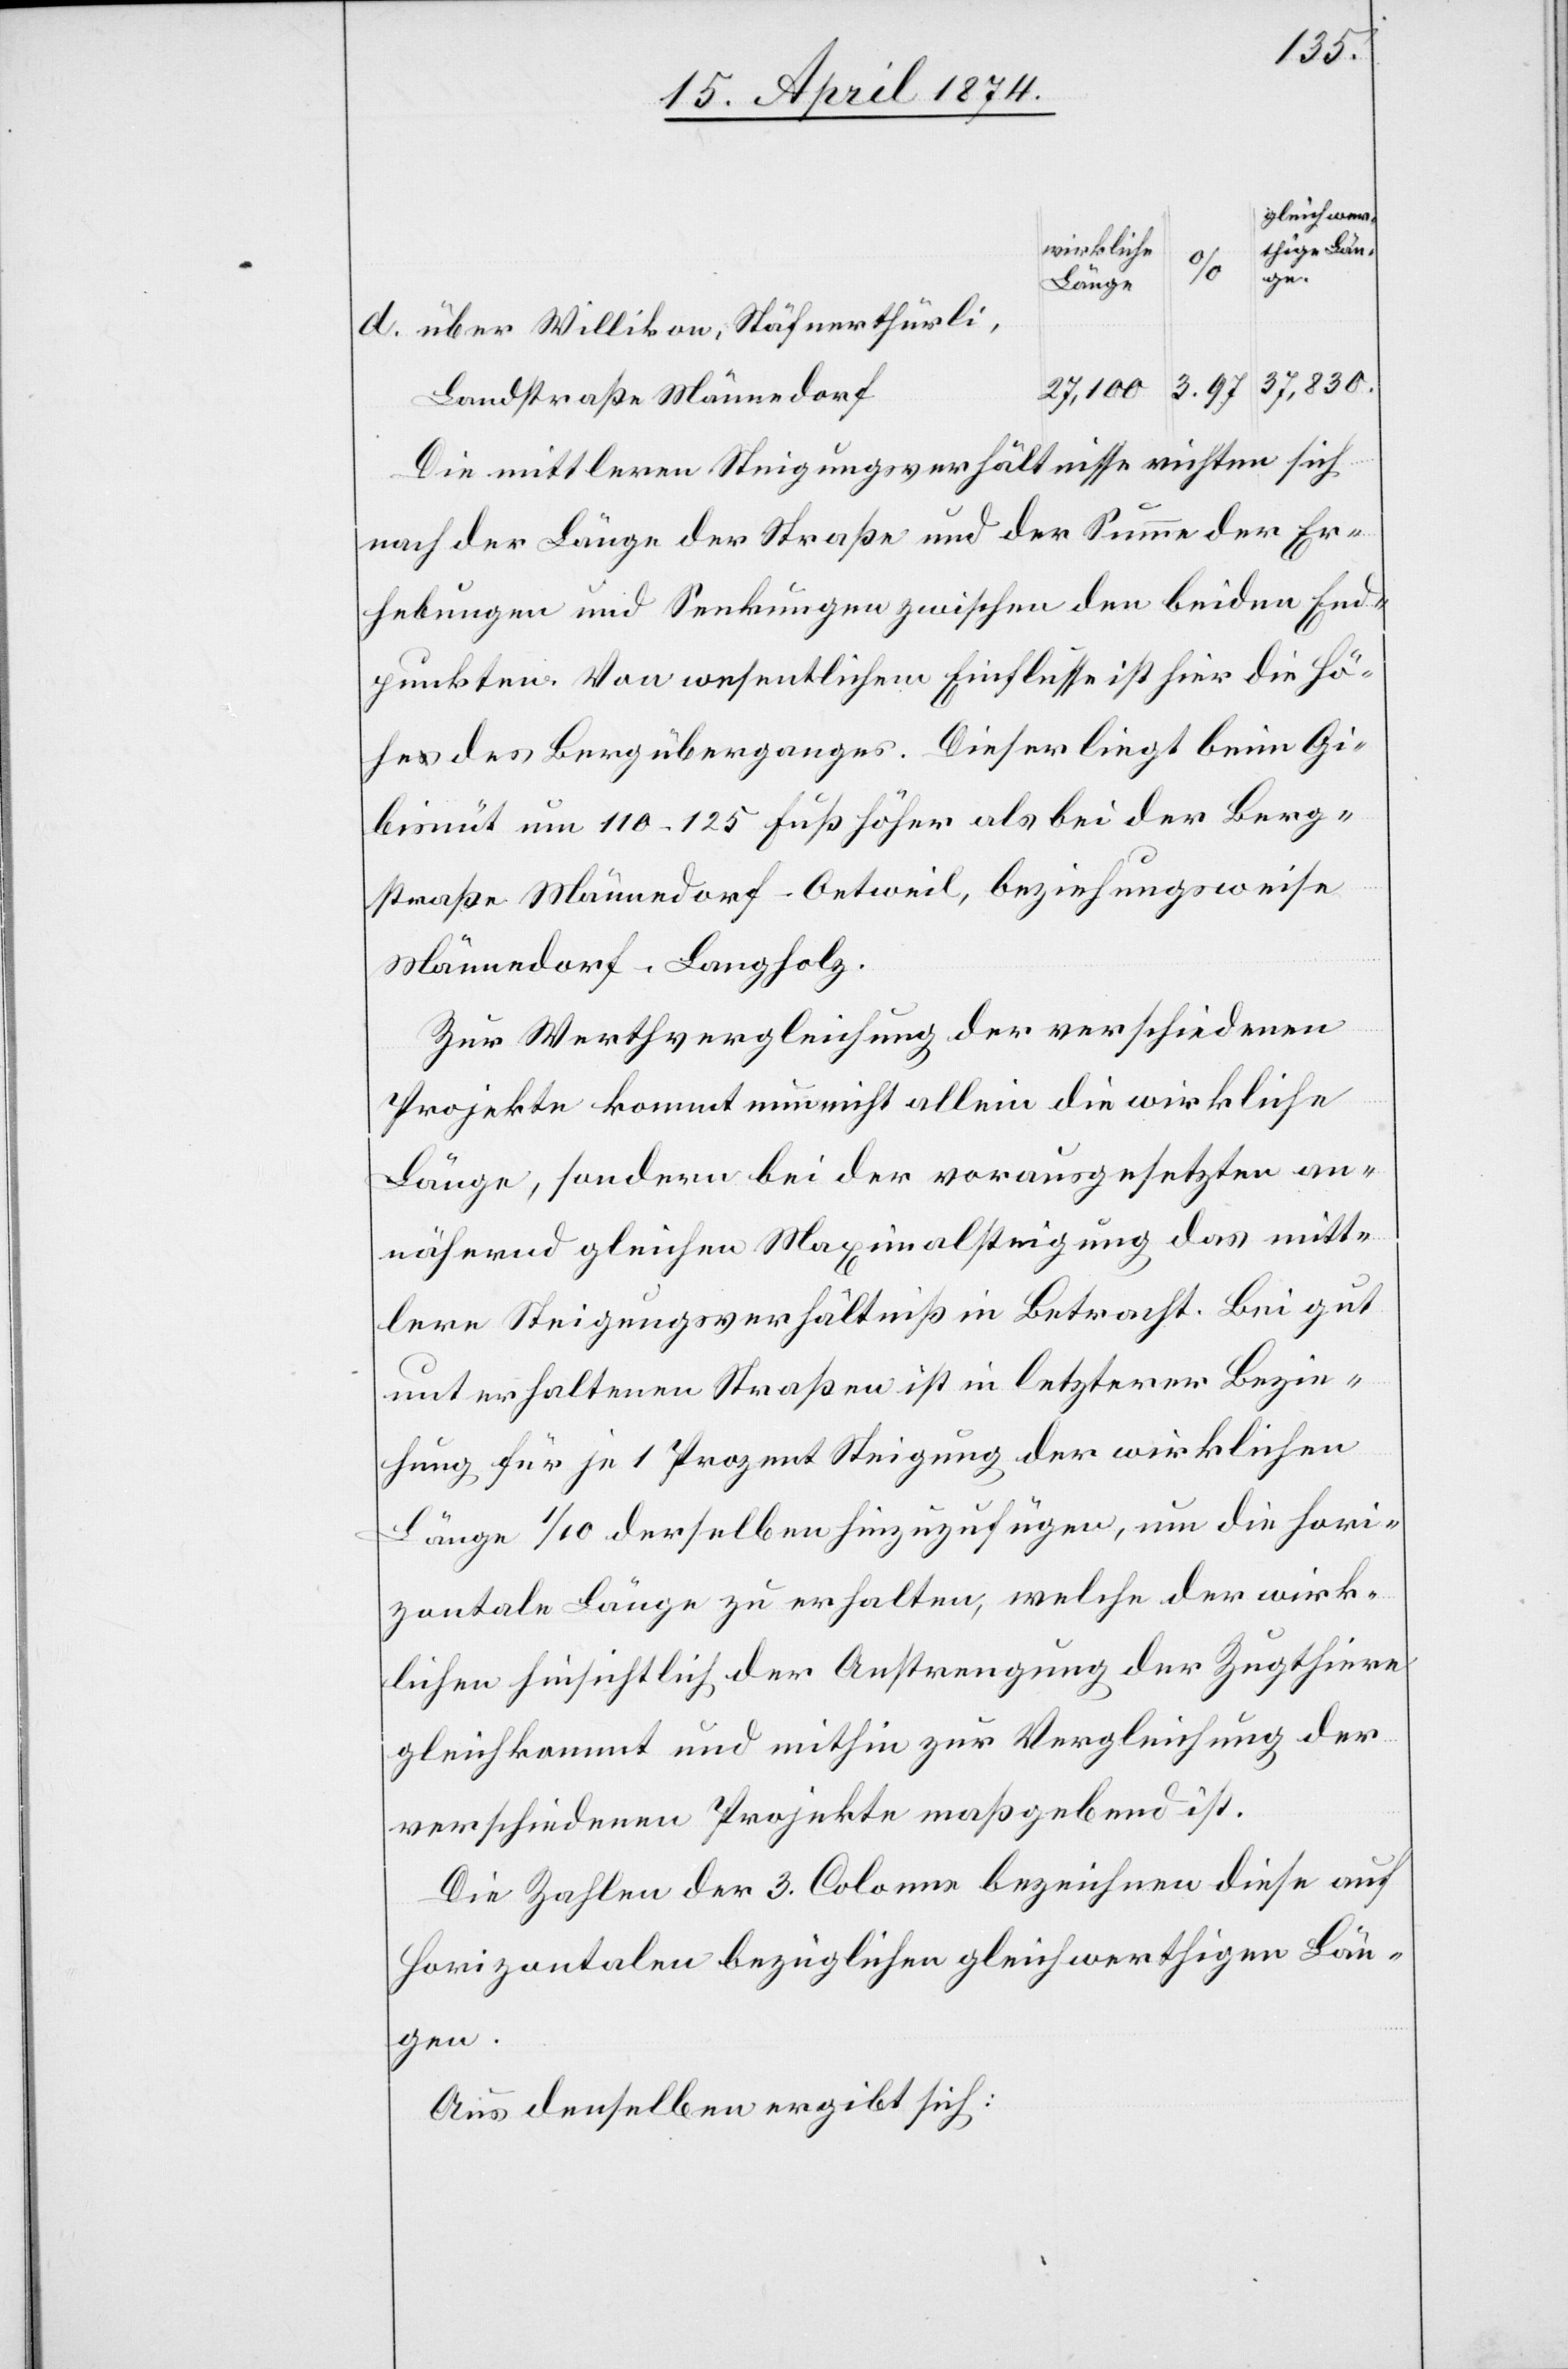
d.
über Willikon, Stäfnerthürli,
Landstraße Männedorf
Die mittleren Steigungsverhältnisse richten sich
nach der Länge der Straße und der Summe der Er¬
hebungen und Senkungen zwischen den beiden End¬
punkten. Von wesentlichem Einflusse ist hier die Hö¬
he des Bergüberganges. Dieser liegt beim Gi¬
bisnüt um 110–125 Fuß höher als bei der Berg¬
straße Männedorf-Oetweil, beziehungsweise
Männedorf-Langholz.
Zur Werthvergleichung der verschiedenen
Projekte kommt nun nicht allein die wirkliche
Länge, sondern bei der vorausgesetzten an¬
nähernd gleichen Maximalsteigung das mitt¬
lere Steigungsverhältniß in Betracht. Bei gut
unterhaltenen Straßen ist in letzterer Bezie¬
hung für je 1 Prozent Steigung der wirklichen
Länge 1/10 der selben hinzuzufügen, um die hori¬
zontale Länge zu erhalten, welche der wirk¬
lichen hinsichtlich der Anstrengung der Zugthiere
gleichkommt und mithin zur Vergleichung der
verschiedenen Projekte maßgebend ist.
Die Zahlen der 3. Colonne bezeichnen diese auf
horizontalen bezüglichen gleichwerthigen Län¬
gen.
Aus denselben ergibt sich: